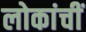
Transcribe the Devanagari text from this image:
लोकांचीं